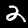
Digit: 2